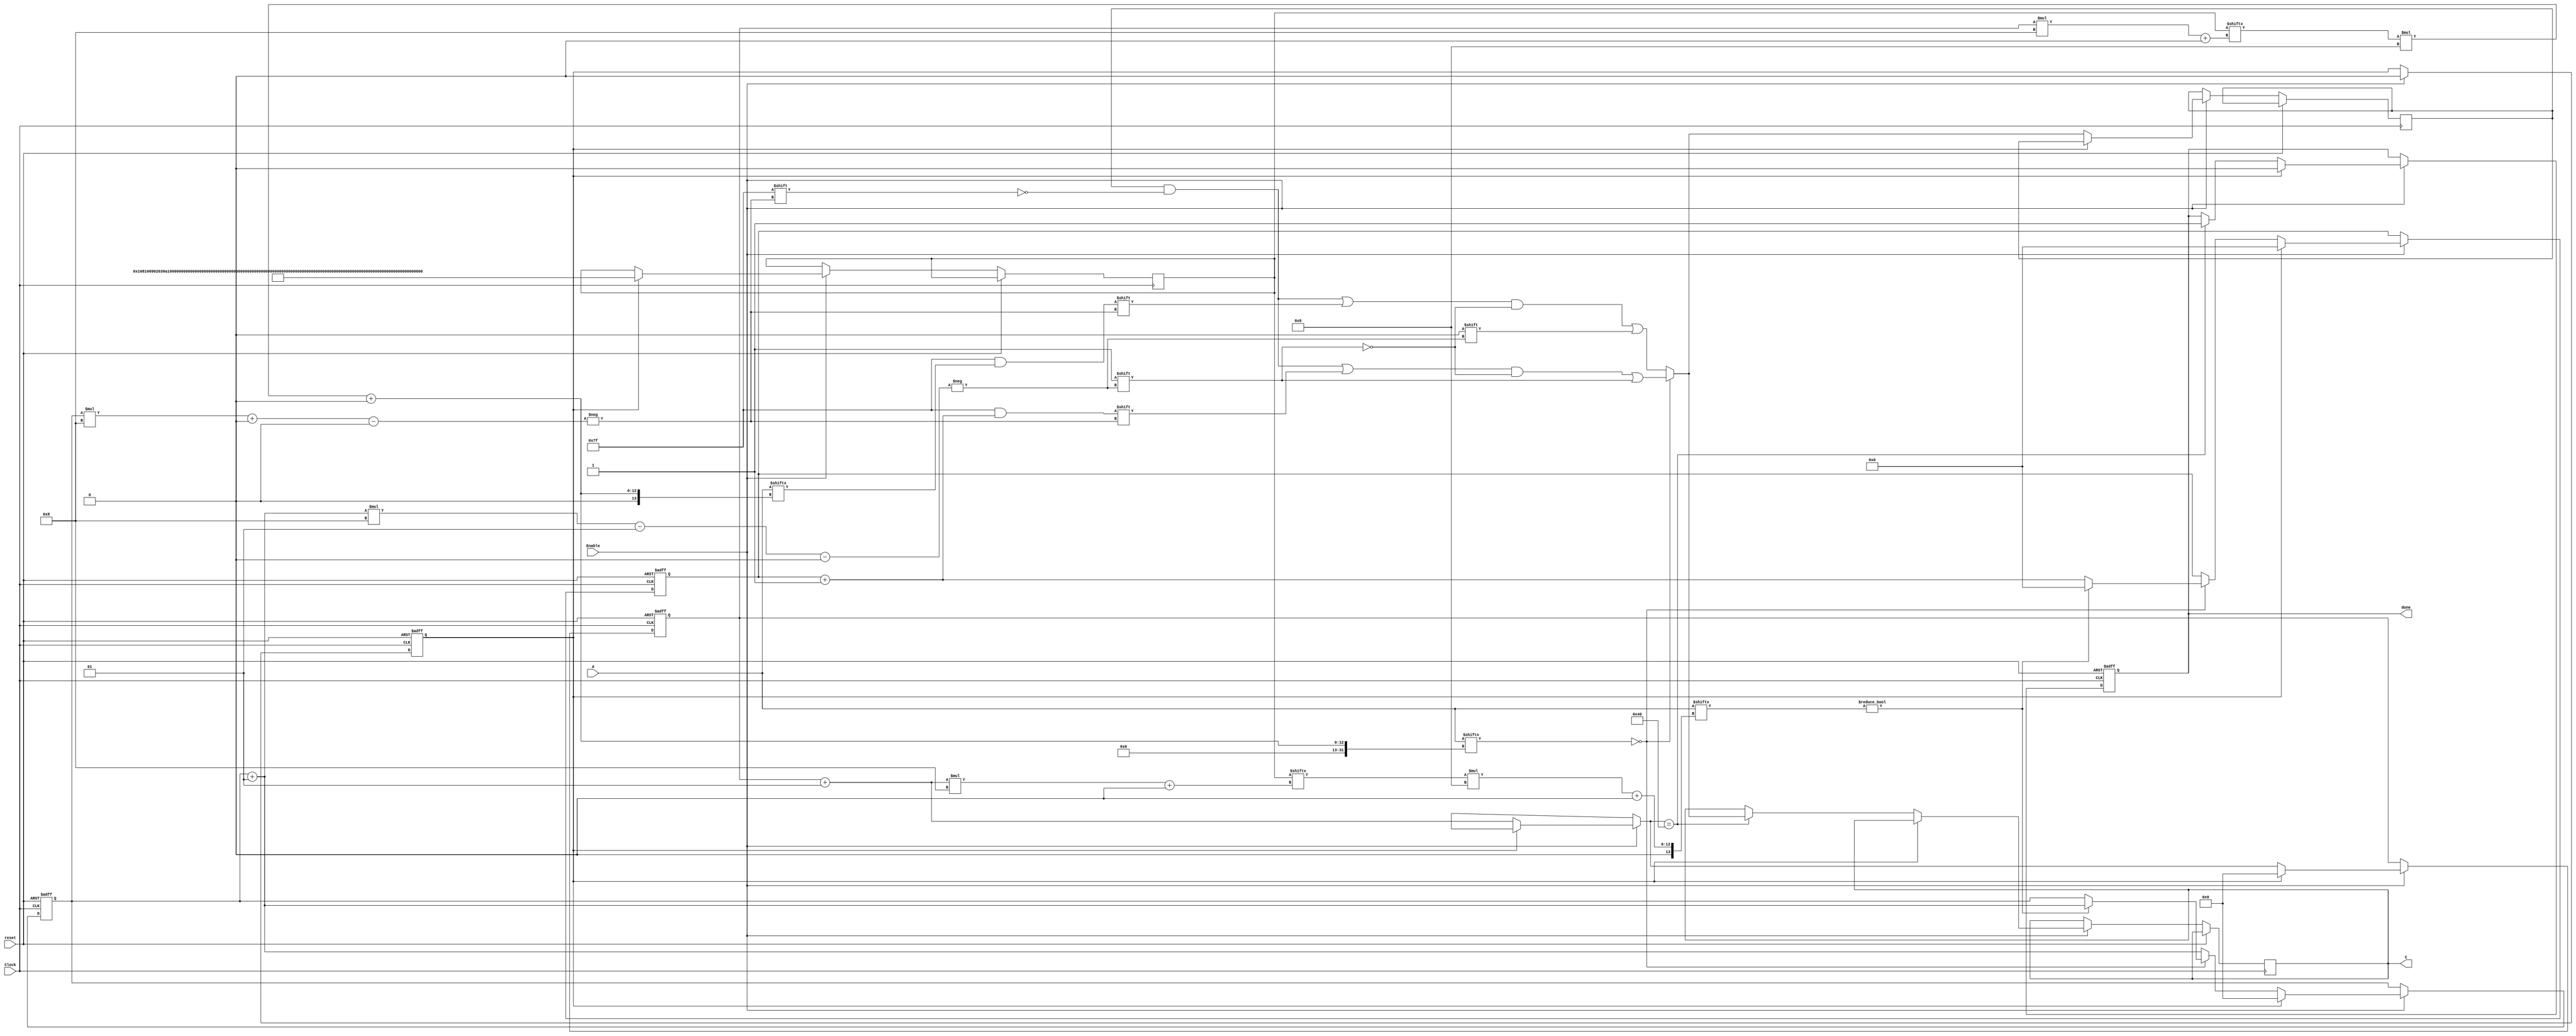
module encode(input Clock,
        input reset, //active high reset
        input Enable,
        input [511:0] A, //Input matrix in 1D form 
        output reg [511:0] C, //Output encoded string
        output reg done //To state the testbench that output is ready
        );
reg [511:0] D;
integer i,j,count1,count2;
reg [511:0] B;
reg [6:0] r; //To count the run-length, that is number of zeros before a non-zero coefficient
reg first_cycle; //To initialise all values 

always @(posedge Clock or posedge reset)
begin
    if(reset == 1) begin    //Resetting all the parameters to default values when reset id high
        i <= 0;
        j <= 0;
        first_cycle <= 1;
        done <= 0;
        count1<=0;
        count2<=0; 
        r <= 7'd0;
    end
    else begin
        if(Enable==1)
            if(first_cycle==1) begin
                B <= {8'd0,8'd1,8'd8,8'd16,8'd9,8'd2,8'd3,8'd10,
                      8'd17,8'd24,8'd32,8'd25,8'd18,8'd11,8'd4,8'd5,
                      8'd12,8'd19,8'd26,8'd33,8'd40,8'd48,8'd41,8'd34,
                      8'd27,8'd20,8'd13,8'd6,8'd7,8'd14,8'd21,8'd28,
                      8'd35,8'd42,8'd49,8'd56,8'd57,8'd50,8'd43,8'd36,
                      8'd29,8'd22,8'd15,8'd23,8'd30,8'd37,8'd44,8'd51,
                      8'd58,8'd59,8'd52,8'd45,8'd38,8'd31,8'd39,8'd46,
                      8'd53,8'd60,8'd61,8'd54,8'd47,8'd55,8'd62,8'd63};
                //re-initalize registers before the start of encoding
                first_cycle <= 0;
                i <= 0;
                j <= 0;
                done = 0;
                count1=0;
                count2=0;
                r <= 7'd0;
            end
            else if(first_cycle==0) begin
                
            if(A[(B[count1*8 +: 8]*8) +: 8] == 0) begin
                r = r+1;
                D[(count2)*8 +: 7] = r;
                D[((count2+1)*8 -1)] = 1'b1;
                count1=count1+1;
                if(A[(B[count1*8 +: 8]*8) +: 8] != 0)begin
                    count2=count2+1;
                    r <= 7'b0;
                end
            end
            else begin
                D[(count2)*8 +: 7] = A[(B[count1*8 +: 8]*8) +: 7]; 
                D[((count2+1)*8 -1)] = 1'b0;
                count1=count1+1;
                count2=count2+1;
            end

            if(count1==64) begin
                C[511:0] <= D[511:0];
                done <= 1;
            end
        end
    end
end
endmodule